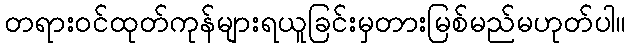
တရားဝင်ထုတ်ကုန်များရယူခြင်းမှတားမြစ်မည်မဟုတ်ပါ။